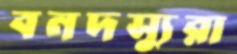
বনদস্যুরা